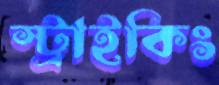
স্ট্রাইকিং